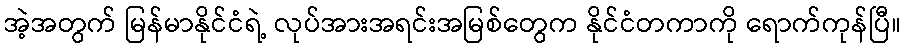
အဲ့အတွက် မြန်မာနိုင်ငံရဲ့ လုပ်အားအရင်းအမြစ်တွေက နိုင်ငံတကာကို ရောက်ကုန်ပြီ။